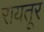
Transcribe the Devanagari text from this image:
रायतूर